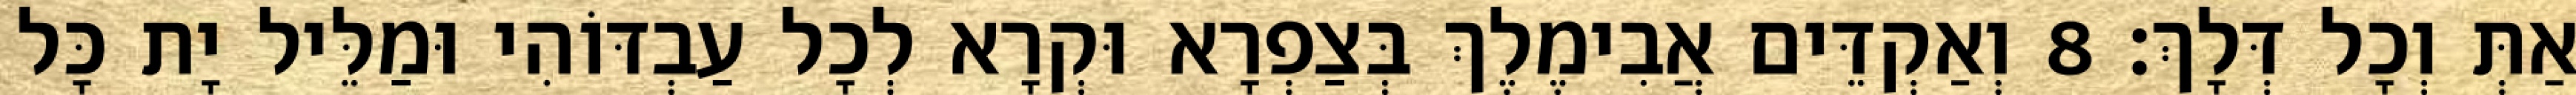
אַתְּ וְכָל דְּלָךְ׃ 8 וְאַקְדֵּים אֲבִימֶלֶךְ בְּצַפְרָא וּקְרָא לְכָל עַבְדּוֹהִי וּמַלֵּיל יָת כָּל